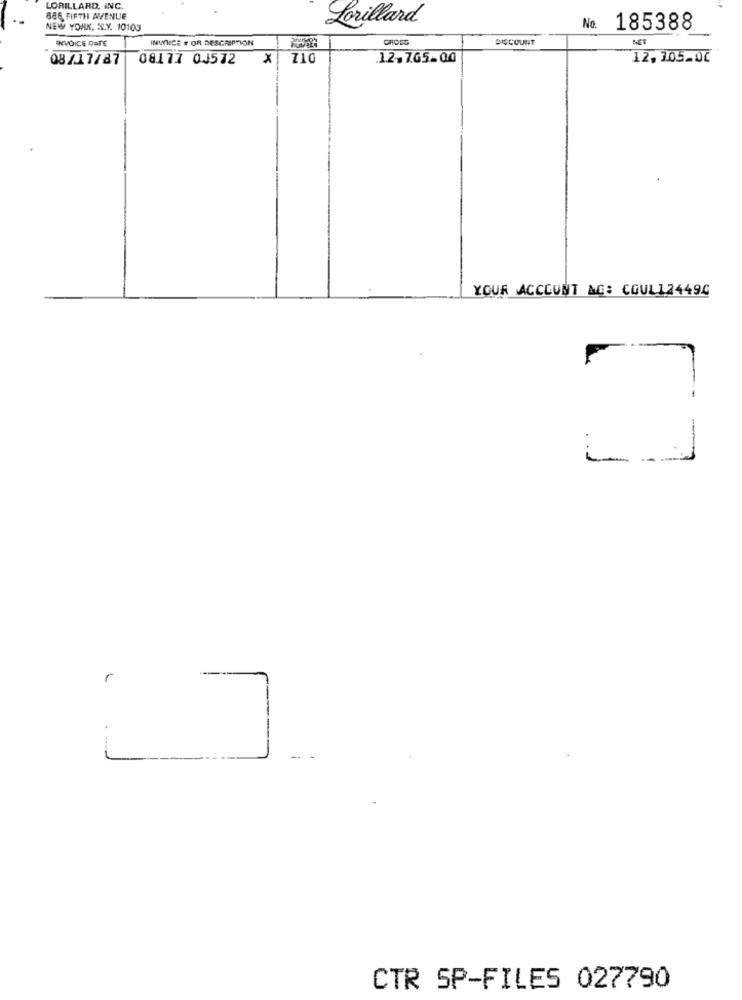
LORILLARD, INC.
686 FIFTH AVENUE
Lorillard
NEW YORK, N.Y. 10103
No. 185388
INVOICE DATE
INWICE # OR DESCRIPTION
CHDEG
DISCOUNT
08 /17/87
08177 0J572
X
710
12,765.00
12, 305-06
YOUR ACCOUNT &C: COUL124494
CTR SP-FILES 027790